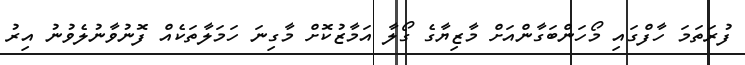
ފުރަތަމަ ހާފްގައި މޯހަންބަގާންއަށް މާޒިޔާގެ ގޯލާ އަމާޒުކޮށް މާގިނަ ހަމަލާތަކެއް ފޮނުވާނުލެވުނު އިރު